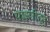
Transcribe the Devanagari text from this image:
पाहणीतून